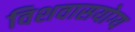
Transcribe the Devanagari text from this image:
विशवासयोग्य